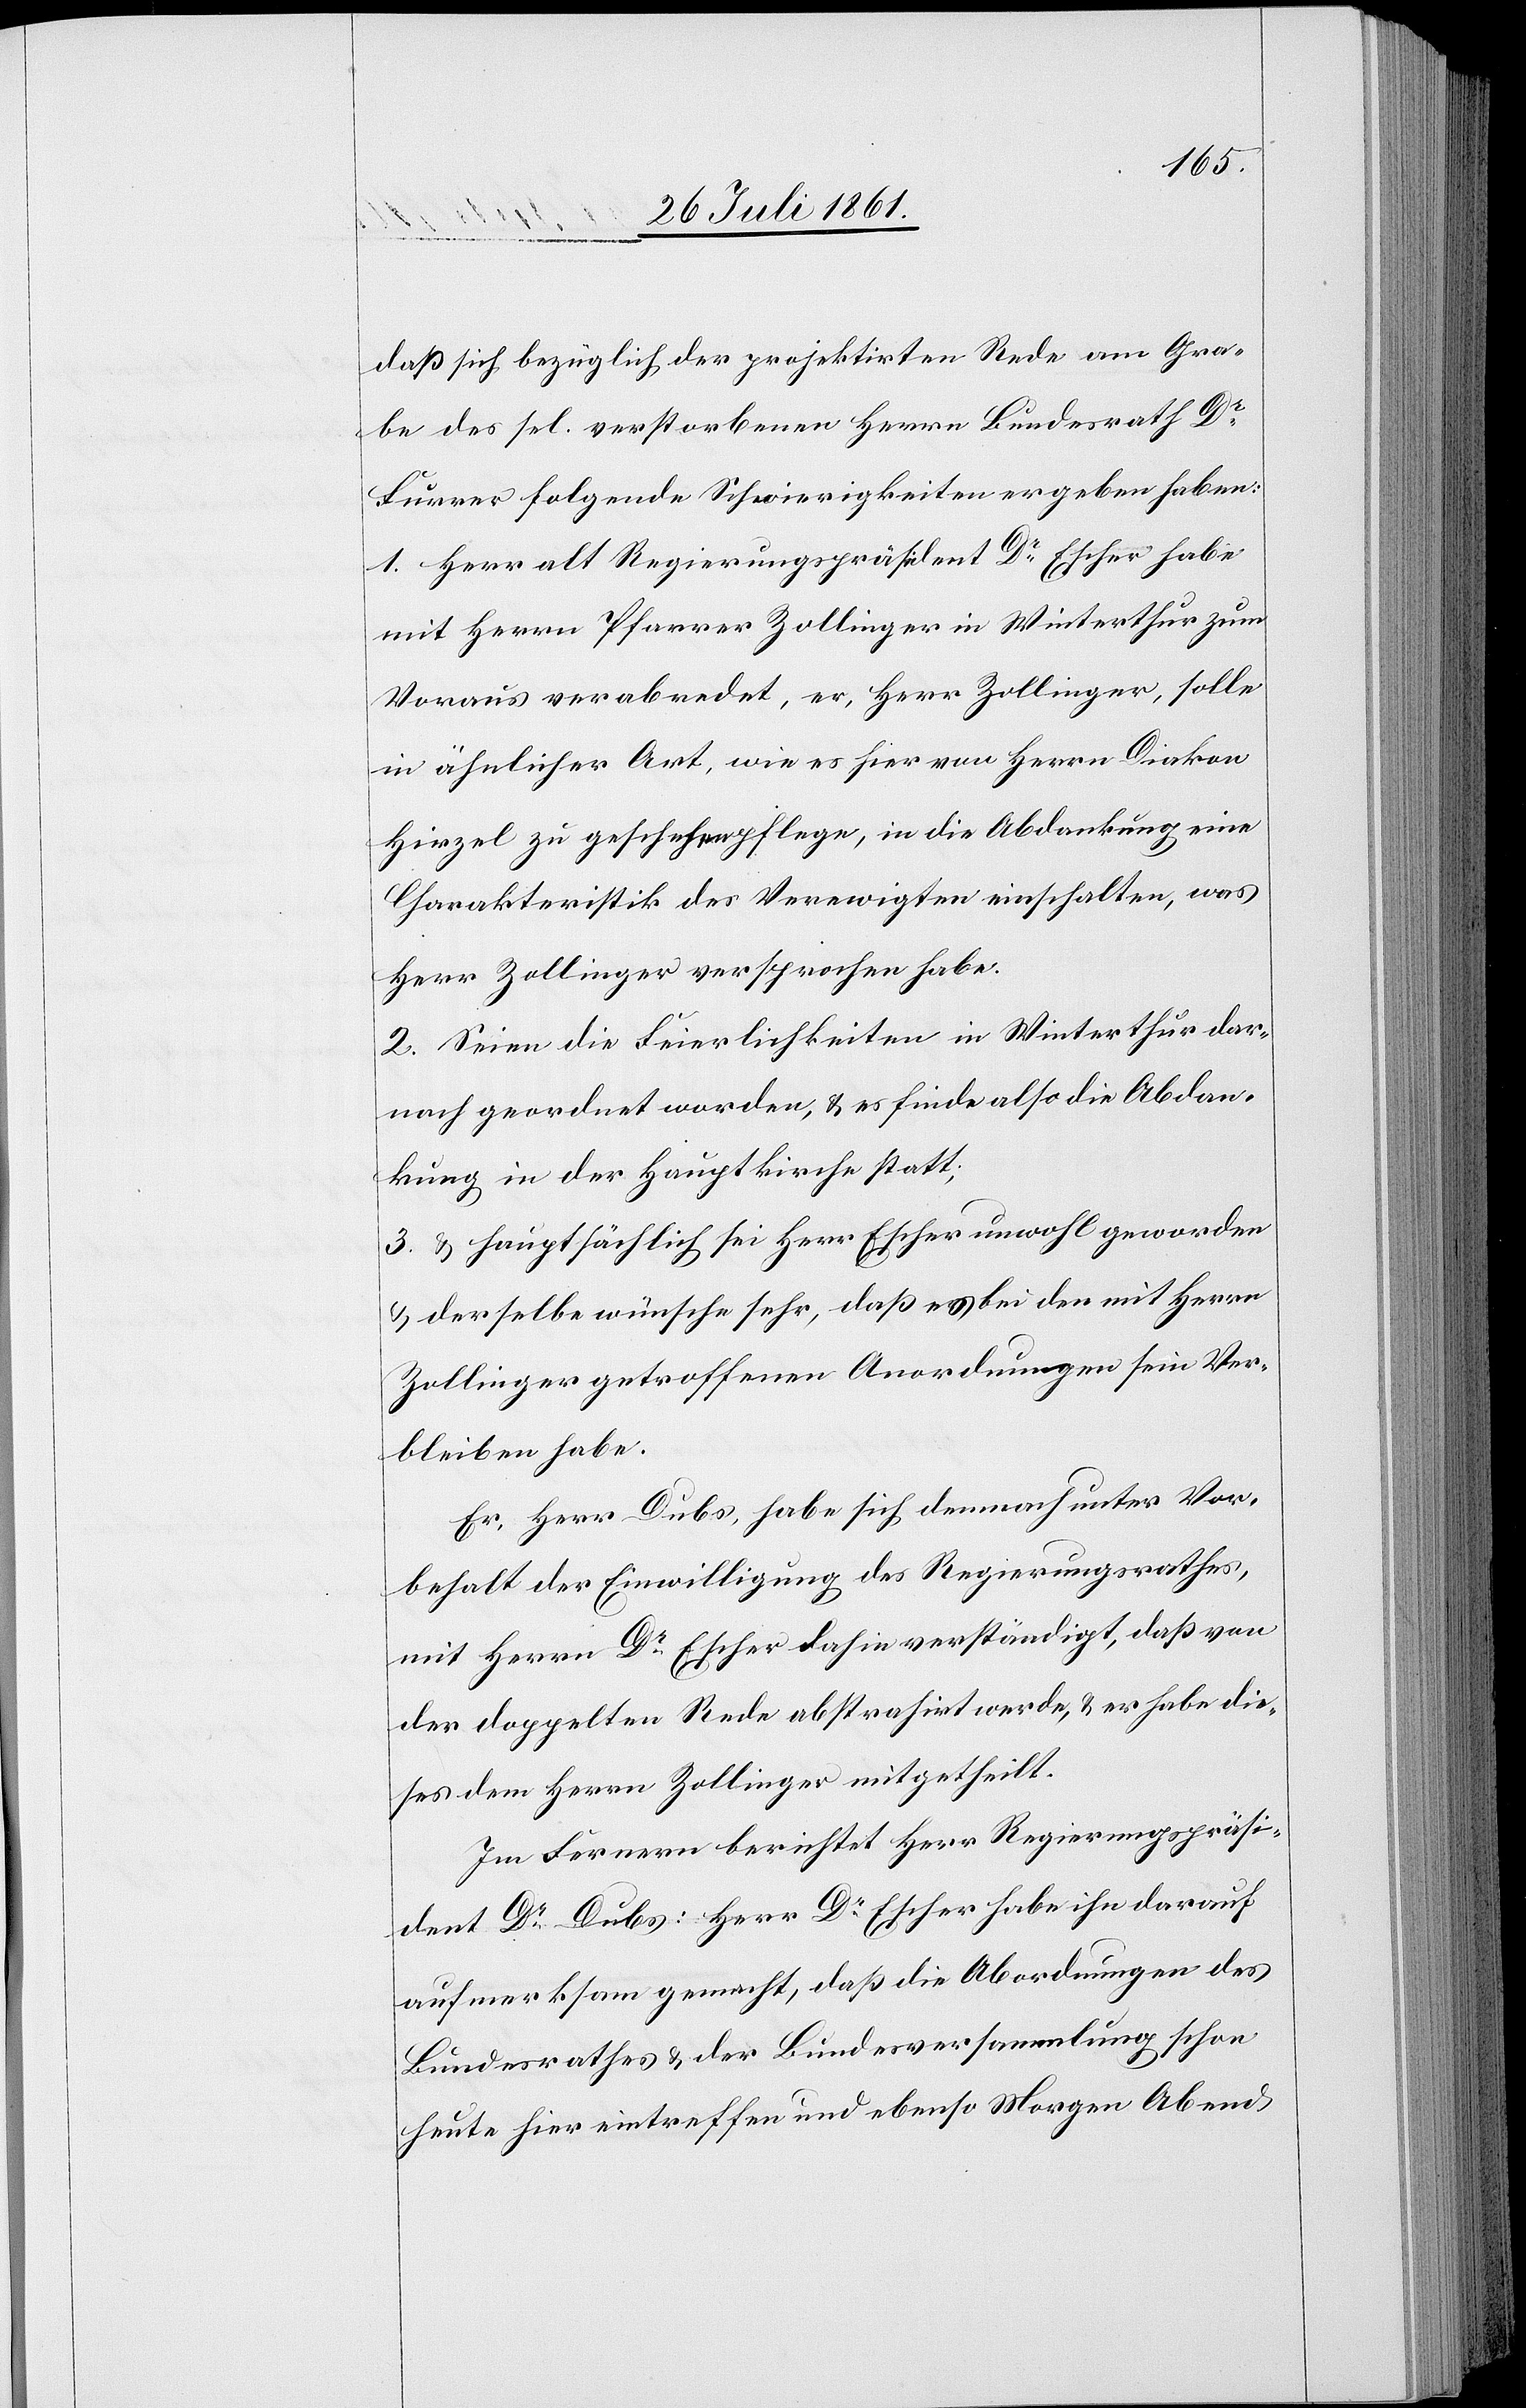
daß sich bezüglich der projektirten Rede am Gra¬
be des sel. verstorbenen Herrn Bundesrath Dr
Furrer folgende Schwierigkeiten ergeben haben:
1. Herr alt Regierungspräsident Dr Escher habe
mit Herrn Pfarrer Zollinger in Winterthur zum
Voraus verabredet, er, Herr Zollinger, solle
in ähnlicher Art, wie es hier von Herrn Diakon
Hirzel zu geschehen pflege, in die Abdankung eine
Charakteristik des Verewigten einschalten, was
Herr Zollinger versprochen habe.
2. Seien die Feierlichkeiten in Winterthur dar¬
nach geordnet worden, u. es finde also die Abdan¬
kung in der Hauptkirche statt;
3. u. hauptsächlich sei Herr Escher unwohl geworden
u. derselbe wünsche sehr, daß es bei den mit Herrn
Zollinger getroffenen Anordnungen sein Ver¬
bleiben habe.
Er, Herr Dubs, habe sich demnach unter Vor¬
behalt der Einwilligung des Regierungsrathes,
mit Herrn Dr Escher dahin verständigt, daß von
der doppelten Rede abstrahirt werde, u. er habe die¬
ses dem Herrn Zollinger mitgetheilt.
Im Fernern berichtet Herr Regierungspräsi¬
dent Dr Dubs: Herr Dr Escher habe ihn darauf
aufmerksam gemacht, daß die Abordnungen des
Bundesrathes u. der Bundesversammlung schon
heute hier eintreffen und ebenso Morgen Abend